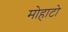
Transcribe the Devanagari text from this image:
मोहाटो